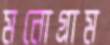
মনোগ্রাম